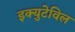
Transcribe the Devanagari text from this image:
इक्युटेविल